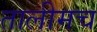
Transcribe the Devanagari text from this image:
तालीमच